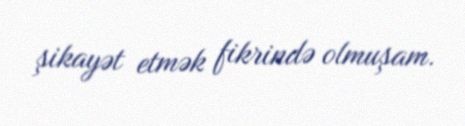
şikayət etmək fikrində olmuşam.